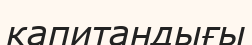
капитандығы